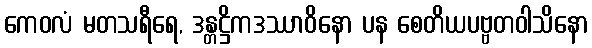
ကေဝလံ မတသရီရေ, ဒန္တဋ္ဌိကဒဿာဝိနော ပန စေတိယပဗ္ဗတဝါသိနော